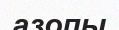
азопы